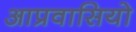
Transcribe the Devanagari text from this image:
आप्रवासियो